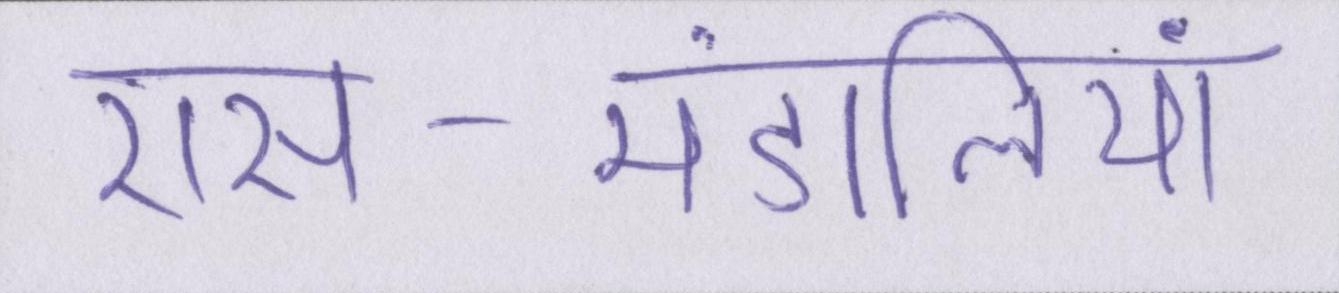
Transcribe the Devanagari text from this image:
रास-मंडलियां